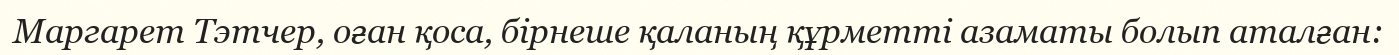
Маргарет Тэтчер, оған қоса, бірнеше қаланың құрметті азаматы болып аталған: